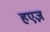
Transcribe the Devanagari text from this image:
हएज़